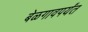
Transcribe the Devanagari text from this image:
बेळगावपर्यंत